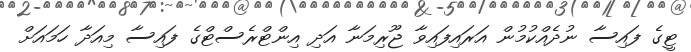
ޓީގެ ފައިސާ ނުދެއްކުމުން އަރައިފައިވާ ޖޫރިމަނާ އަދި އިންޓްރެސްޓްގެ ފައިސާ މިއަދާ ހަމައަށް